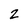
Character: 2